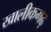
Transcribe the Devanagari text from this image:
खालीकगढ़